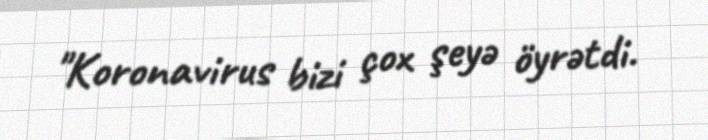
"Koronavirus bizi çox şeyə öyrətdi.